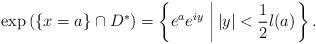
LaTeX: \begin{align*}\exp\left(\{x=a\}\cap D^{*}\right)=\left\{e^{a}e^{iy}\,\left|\,|y|<\frac{1}{2}l(a)\right.\right\}.\end{align*}